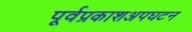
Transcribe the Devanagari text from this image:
पूर्वप्रकाशअपघटन